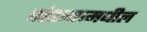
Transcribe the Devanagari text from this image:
संख्यामधील